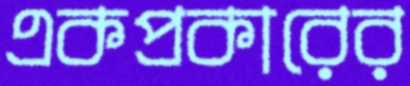
একপ্রকারের